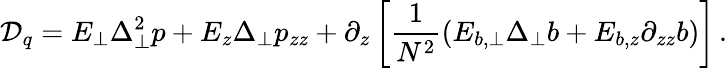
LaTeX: {\cal D}_{q}=E_{\perp}\Delta_{\perp}^{2}p+E_{z}\Delta_{\perp}p_{zz}+\partial_{z}\left[\frac{1}{N^{2}}\left(E_{b,\perp}\Delta_{\perp}b+E_{b,z}\partial_{zz}b\right)\right]\, .